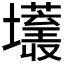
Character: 𰋂